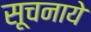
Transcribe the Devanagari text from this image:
सूचनाये